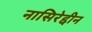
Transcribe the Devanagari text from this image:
नासिरेद्दीन